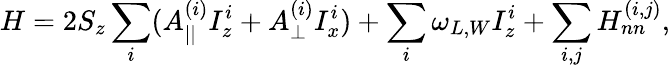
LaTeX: H=2S_{z}\sum_{i}(A_{||}^{(i)}I_{z}^{i}+A_{\perp}^{(i)}I_{x}^{i})+\sum_{i}\omega_{L,W}I_{z}^{i}+\sum_{i,j}H_{nn}^{(i,j)},